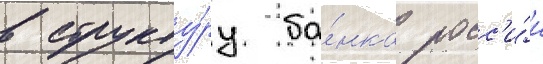
в структу́ру ба́нка росс'и́и